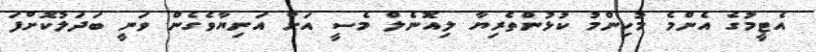
އެޓީމުގެ އެންމެ މުހިންމު ކުޅުންތެރިޔާ ލިއޮނެލް މެސީ އަށް އަނިޔާވެގެން ވަނީ ބަދަލުކޮށްފަ